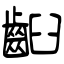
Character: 齨